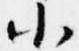
小